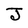
Character: J